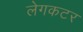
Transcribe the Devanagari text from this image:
लेगकटर